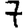
Digit: 7